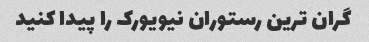
گران ترین رستوران نیویورک را پیدا کنید